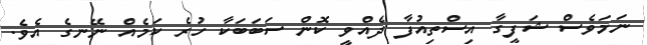
ނަމަވެސް ޝަފީގާ އިސްތިއުފާ ދެއްވީ ކޮން ސަބަބަކާ ހުރެ ކަމެއް ނޭނގެ އެވެ.